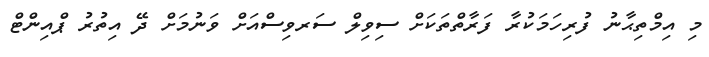
މި އިމްތިޙާނު ފުރިހަމަކުރާ ފަރާތްތަކަށް ސިވިލް ސަރވިސްއަށް ވަނުމަށް ދޭ އިތުރު ޕްއިންޓް